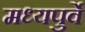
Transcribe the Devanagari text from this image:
मध्यपुर्वे